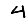
Digit: 4